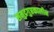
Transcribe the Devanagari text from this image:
समुद्रगुप्तकालीन